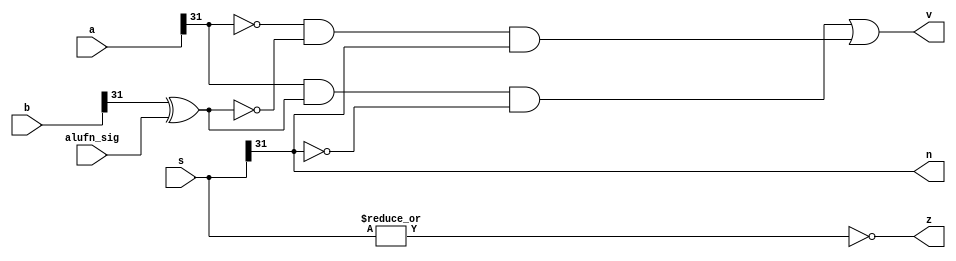
module zvn #(
  parameter WIDTH = 32
)(
  input [WIDTH-1:0] a,
  input [WIDTH-1:0] b,
  input [WIDTH-1:0] s, 
  input alufn_sig,
  output z,
  output v,
  output n
);

wire xb;

assign xb = b[WIDTH-1]^alufn_sig;

assign v = (a[WIDTH-1]&xb&~s[WIDTH-1])|(~a[WIDTH-1]&~xb&s[WIDTH-1]);

assign z = ~|s;

assign n = s[WIDTH-1];

endmodule